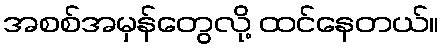
အစစ်အမှန်တွေလို့ ထင်နေတယ်။